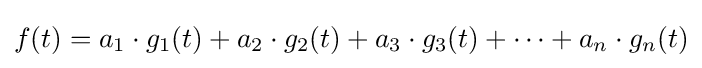
f(t)=a_{1}\cdot g_{1}(t)+a_{2}\cdot g_{2}(t)+a_{3}\cdot g_{3}(t)+\dots +a_{n}\cdot g_{n}(t)